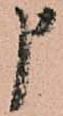
申